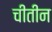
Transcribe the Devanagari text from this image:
चीतीन